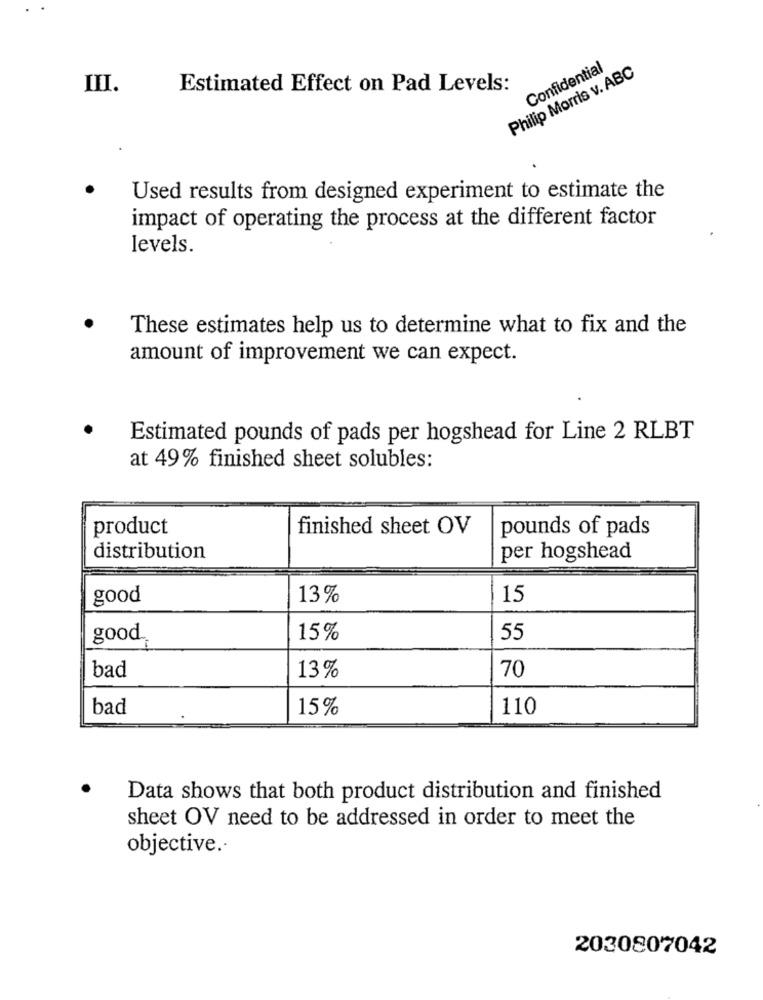
Philip Morris v. ABC
Confidential
III.
Estimated Effect on Pad Levels:
Used results from designed experiment to estimate the
impact of operating the process at the different factor
levels.
These estimates help us to determine what to fix and the
amount of improvement we can expect.
Estimated pounds of pads per hogshead for Line 2 RLBT
at 49% finished sheet solubles:
product
finished sheet OV
pounds of pads
distribution
per hogshead
good
13%
15
good
15%
55
bad
13%
70
bad
15%
110
Data shows that both product distribution and finished
sheet OV need to be addressed in order to meet the
objective ..
2030807042